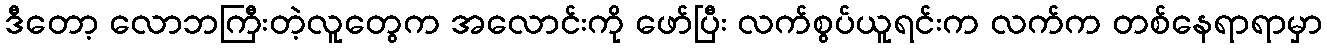
ဒီတော့ လောဘကြီးတဲ့လူတွေက အလောင်းကို ဖော်ပြီး လက်စွပ်ယူရင်းက လက်က တစ်နေရာရာမှာ